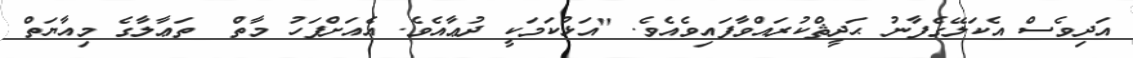
އަދިވެސް އެކަލޭގެފާނު ޙަދީޘްކުރައްވާފައިވެއެވެ. "އަޅުކަމަކީ ދުޢާއެވެ. އެއަށްފަހު މާތް  ތަޢާލާގެ މިއާޔަތް